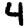
Digit: 4